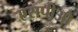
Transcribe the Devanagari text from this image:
एसपीओ